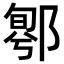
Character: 𨝁